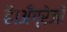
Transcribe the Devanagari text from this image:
है।अँग्रेजी